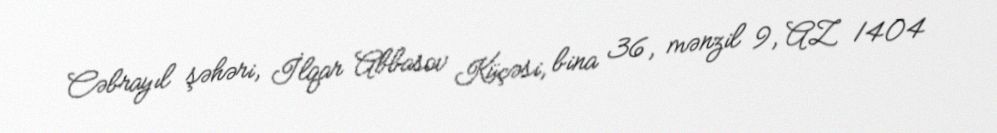
Cəbrayıl şəhəri, İlqar Abbasov Küçəsi, bina 36, mənzil 9, AZ 1404